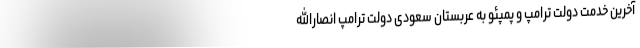
آخرین خدمت دولت ترامپ و پمپئو به عربستان سعودی دولت ترامپ انصارالله